Virumaa_algkoolid, lk 21
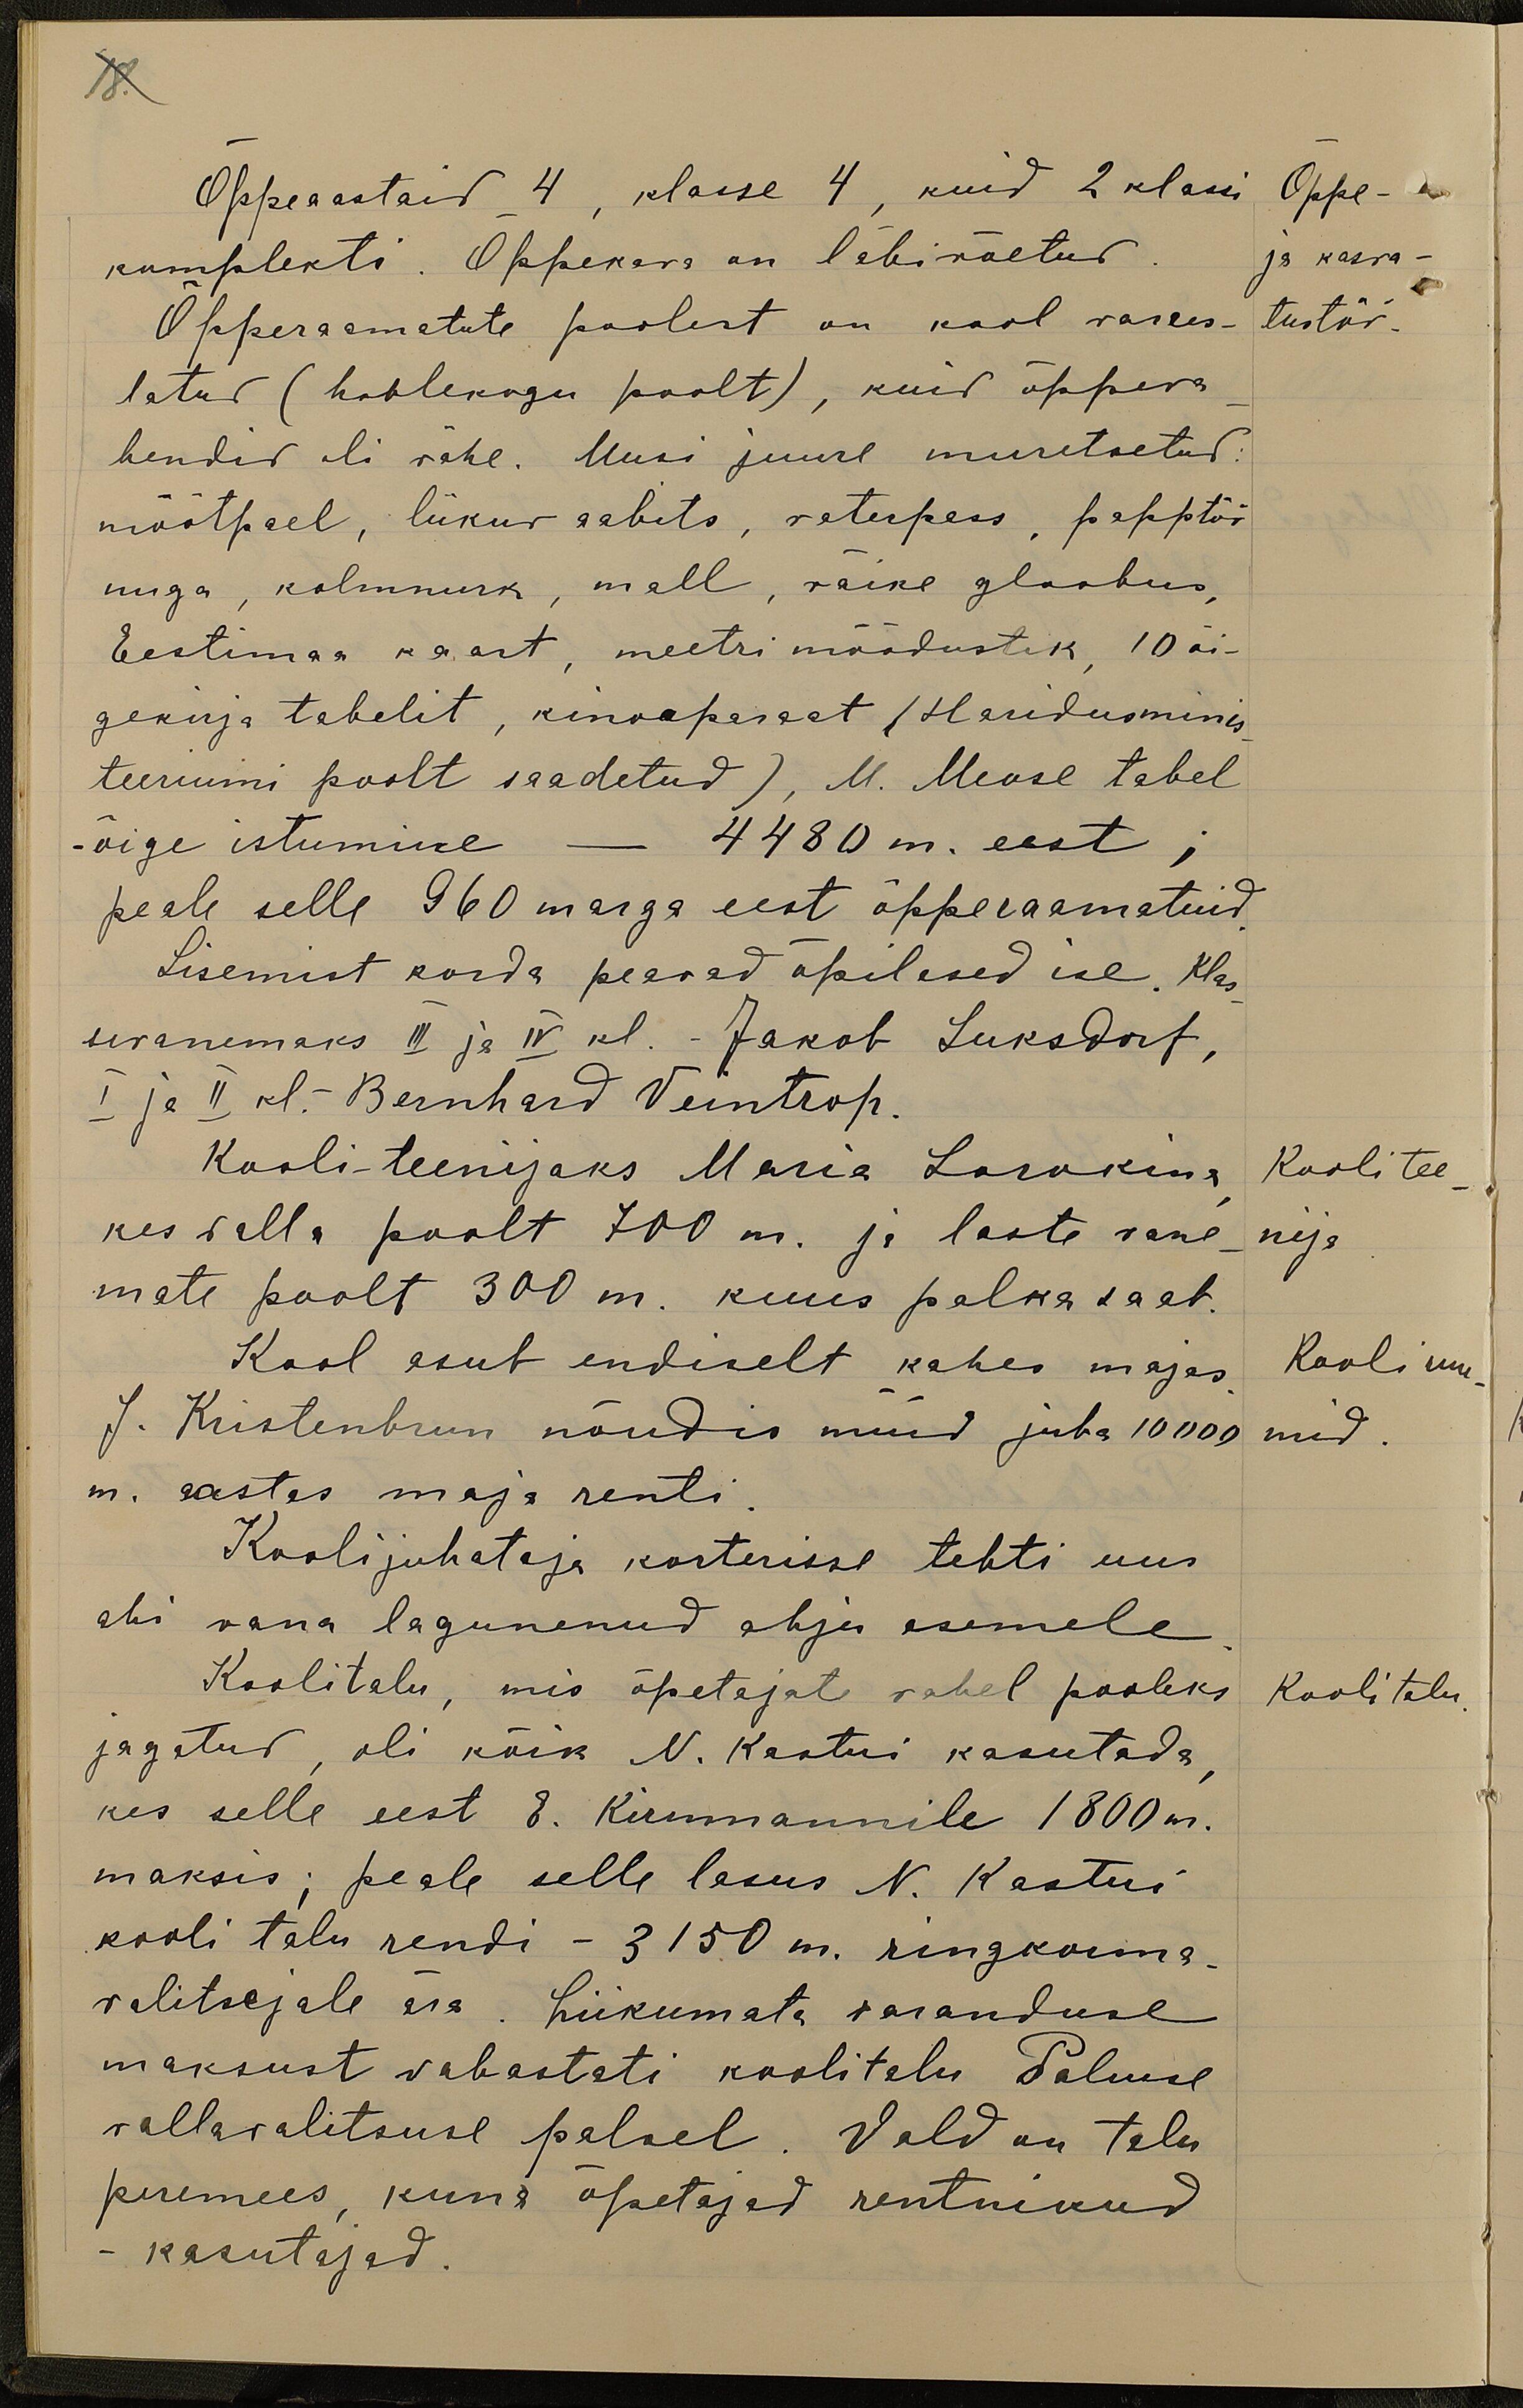
18.
Õppeaastaid 4, klassse 4, kuid 2 klassi
Õppe-
komplekti. Õppekava on läbivõetud
ja kasva-
Õpperaamatute poolest on kool varus-
tustöö.
tatud (hoolekogu poolt), kuid õppeva-
hendid oli vähe. Uusi juure muretsetud:
mõõtpael, liikuv aabits, vaterpass, papptöö
nuga, kolmnurk, mall, väike gloobus,
Eestimaa kaart, meetri mõõdustik, 10 õi-
gekirja tabelit, kinoaparaat (Haridusminis
teeriumi poolt saadetud), M. Meose tabel
-õige istumine - 4480 m. eest;
peale selle 960 marga eest õpperaamatuid
Sisemist korda peavad õpilased ise. Klas-
sivanemaks III ja IV kl. - Jakob Suksdorf,
I ja II kl. Bernhard Veintrop.
Kooli-teenijaks Maria Sorokina
Koolitee-
kes valla poolt 700 m. ja laste vane-
nija
mate poolt 300 m. kuus palka saab.
Kool asub endiselt kahes majas
Kooli ruu-
J. Kristenbrun nõudis nüüd juba 10000
mid.
m. aastas maja renti.
Koolijuhataja korterisse tehti uus
ahi vana lagunenud ahju asemele.
Koolitalu, mis õpetajate vahel pooleks
Kooli talu
jagatud, oli kõik N. Kastni kasutada
kes selle eest E. Kirnmannile 1800 m.
maksis; peale selle lasus N. Kastni
kooli talu rendi - 3150 m. ringkonna-
valitsejale ära. Liikumata varanduse
maksust vabastati koolitalu Palmse
vallavalitsuse palvel. Vald on talu
peremees, kuna õpetajad rentnikud
- kasutajad.